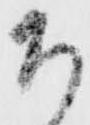
ち